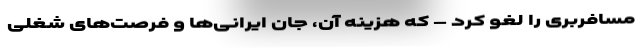
مسافربری را لغو کرد – که هزینه آن، جان ایرانی‌ها و فرصت‌های شغلی